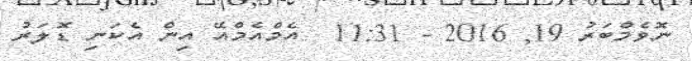
ނޮވެމްބަރު 19